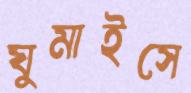
ঘুমাইসে